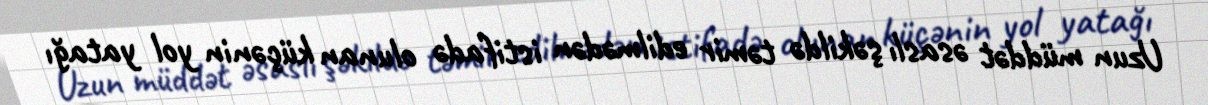
Uzun müddət əsaslı şəkildə təmir edilmədən istifadə olunan küçənin yol yatağı